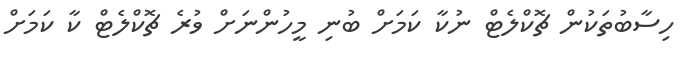
ހިސާބުތަކުން ޗޮކްލެޓް ނުކާ ކަމަށް ބުނި މީހުންނަށް ވުރެ ޗޮކްލެޓް ކާ ކަމަށް